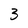
Character: 3